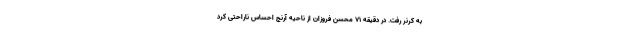
به کرنر رفت. در دقیقه ۷۱ محسن فروزان از ناحیه آرنج احساس ناراحتی کرد